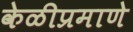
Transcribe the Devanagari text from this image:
केळीप्रमाणे